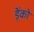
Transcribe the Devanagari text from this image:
ड़ेंको